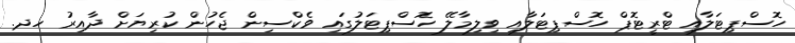
ހޮސްޕިޓަލާއި ޓްރީޓޮޕް ހޮސްޕިޓަލާއި ވިލިމާލޭ ހޮސްޕިޓަލުގައި ވެކްސިން ޖެހުން ކުރިޔަށް ދާއިރު ހދ.